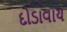
દોડાવાય